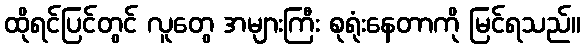
ထိုရင်ပြင်တွင် လူတွေ အများကြီး စုရုံးနေတာကို မြင်ရသည်။